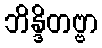
ဘိန္ဒိတဗ္ဗာ